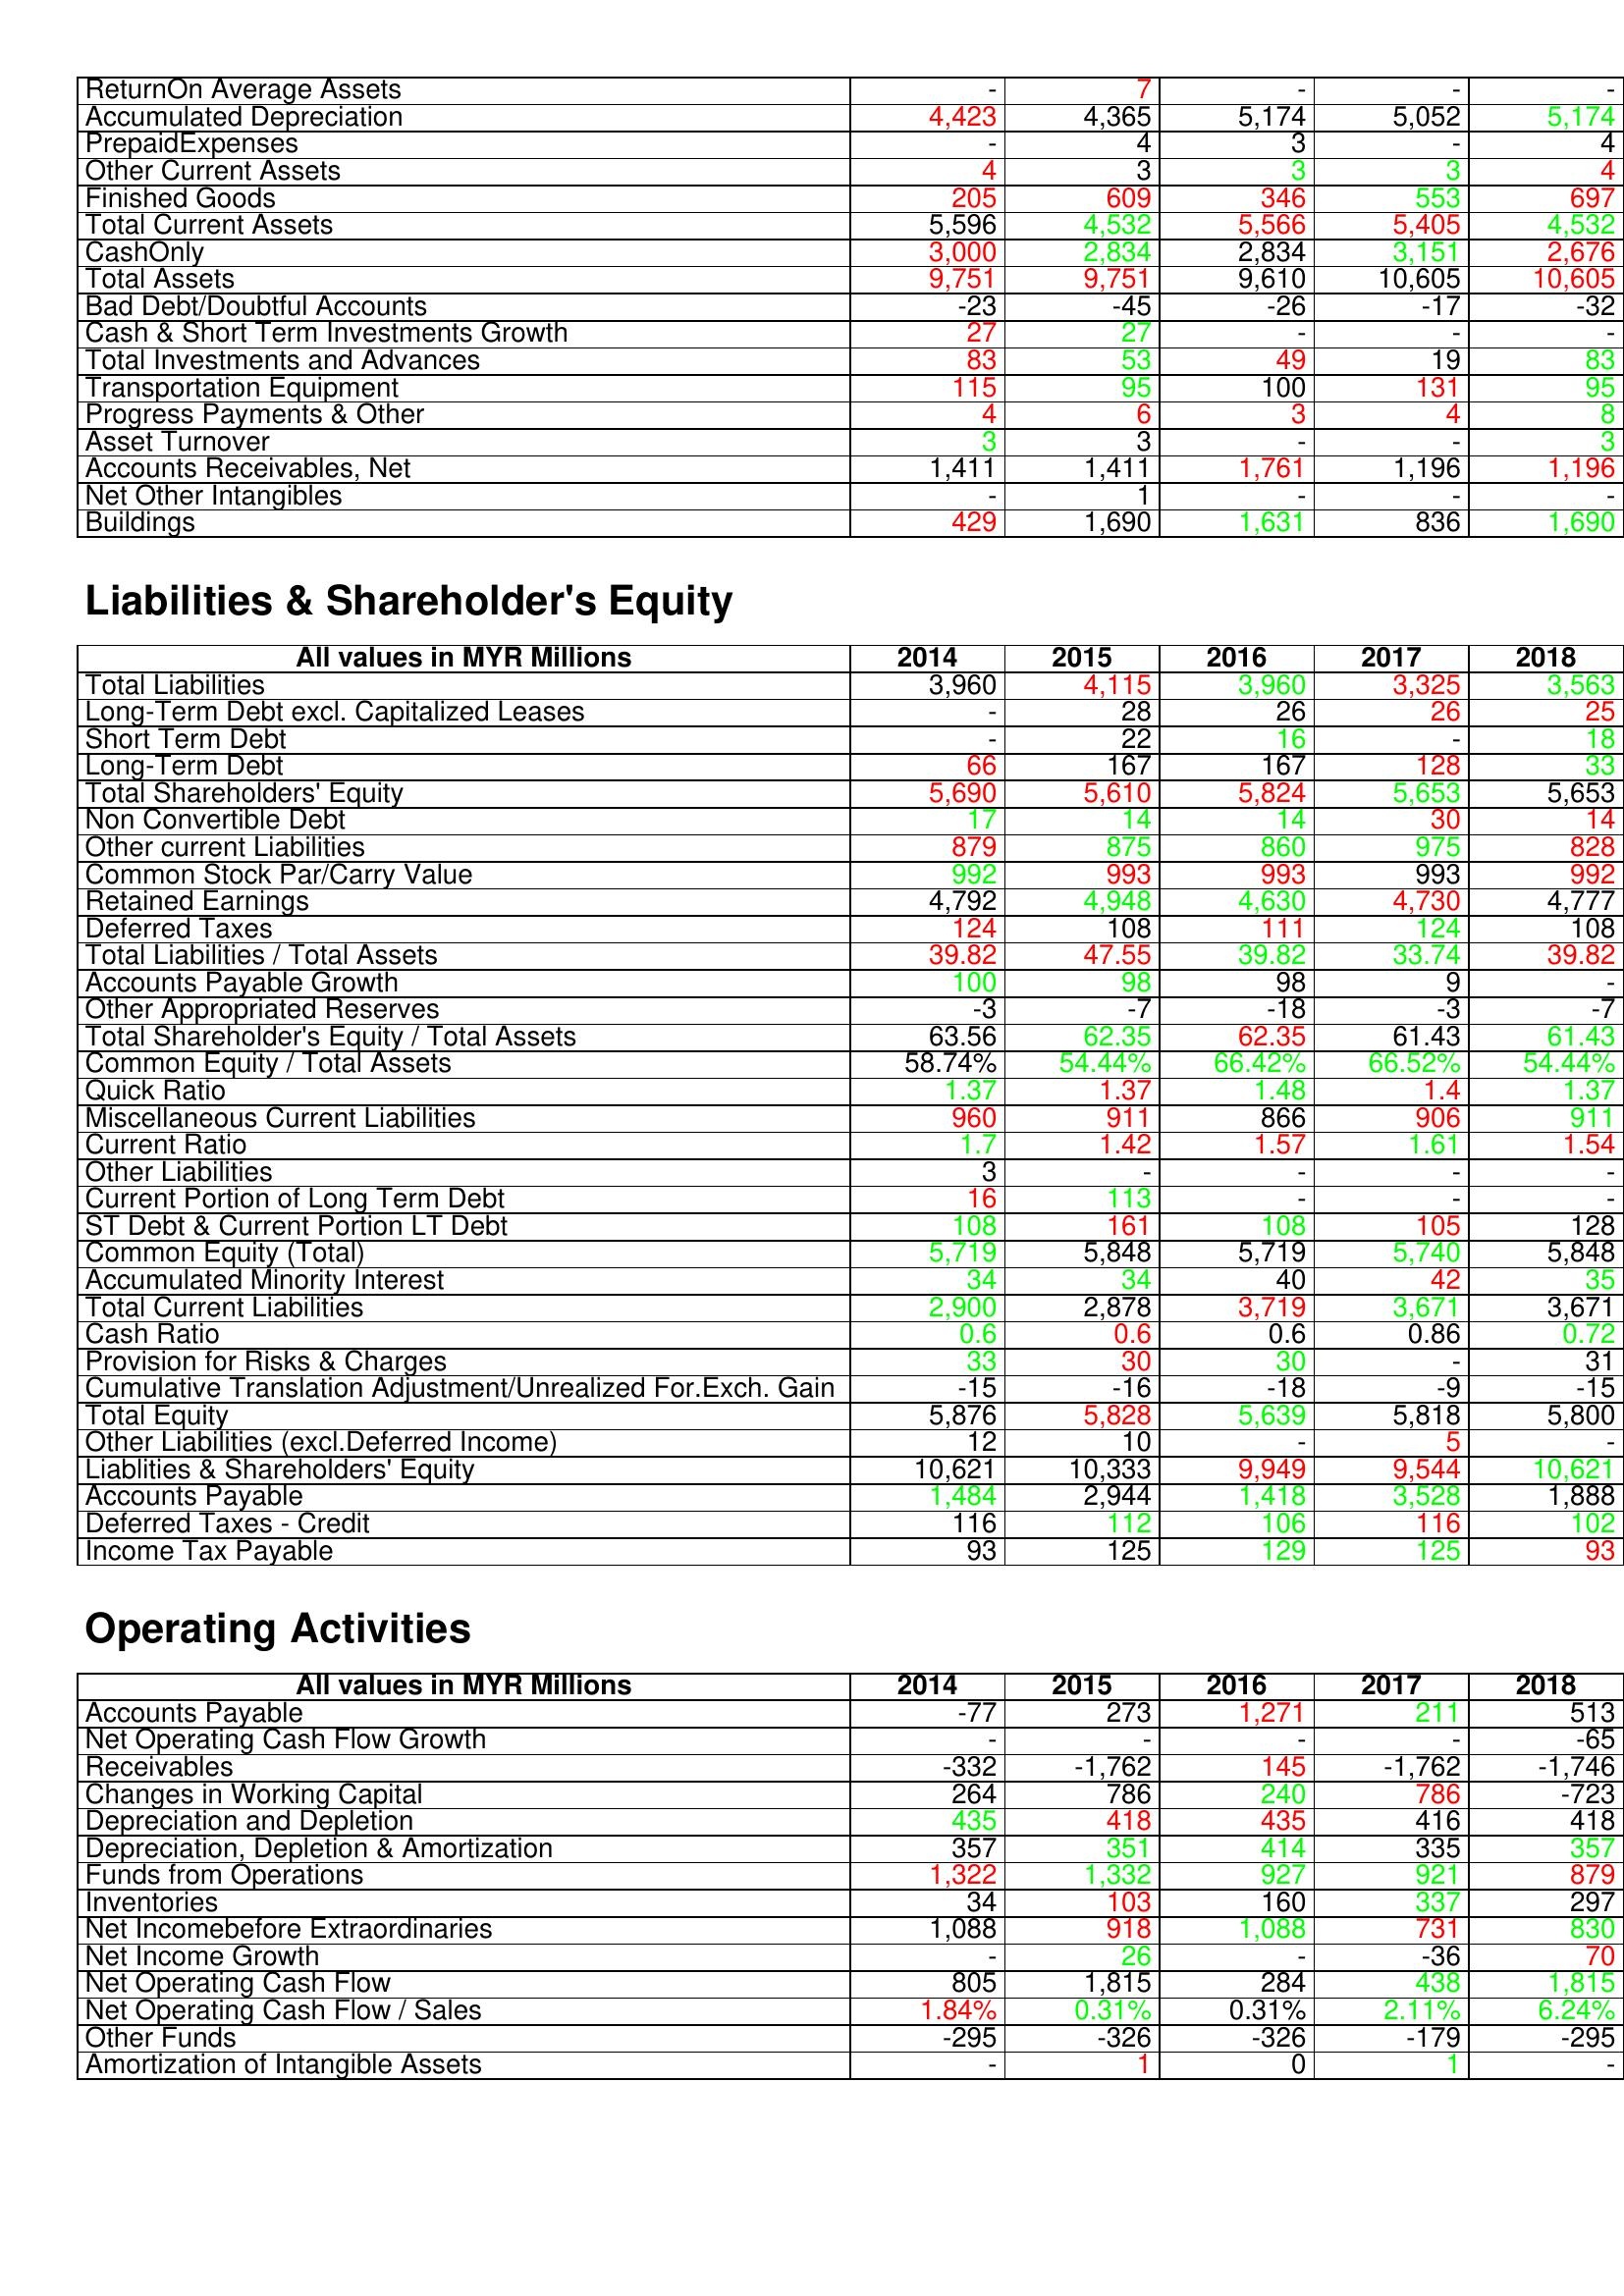
gt_parse: 2014: Assets: ReturnOn Average Assets: -
Accumulated Depreciation: 4,423
PrepaidExpenses: -
Other Current Assets: 4
Finished Goods: 205
Total Current Assets: 5,596
CashOnly: 3,000
Total Assets: 9,751
Bad Debt/Doubtful Accounts: -23
Cash & Short Term Investments Growth: 27
Total Investments and Advances: 83
Transportation Equipment: 115
Progress Payments & Other: 4
Asset Turnover: 3
Accounts Receivables, Net: 1,411
Net Other Intangibles: -
Buildings: 429
Liabilities & Shareholder's Equity: Total Liabilities: 3,960
Long-Term Debt excl. Capitalized Leases: -
Short Term Debt: -
Long-Term Debt: 66
Total Shareholders' Equity: 5,690
Non Convertible Debt: 17
Other current Liabilities: 879
Common Stock Par/Carry Value: 992
Retained Earnings: 4,792
Deferred Taxes: 124
Total Liabilities / Total Assets: 39.82
Accounts Payable Growth: 100
Other Appropriated Reserves: -3
Total Shareholder's Equity / Total Assets: 63.56
Common Equity / Total Assets: 58.74%
Quick Ratio: 1.37
Miscellaneous Current Liabilities: 960
Current Ratio: 1.7
Other Liabilities: 3
Current Portion of Long Term Debt: 16
ST Debt & Current Portion LT Debt: 108
Common Equity (Total): 5,719
Accumulated Minority Interest: 34
Total Current Liabilities: 2,900
Cash Ratio: 0.6
Provision for Risks & Charges: 33
Cumulative Translation Adjustment/Unrealized For.Exch. Gain: -15
Total Equity: 5,876
Other Liabilities (excl.Deferred Income): 12
Liablities & Shareholders' Equity: 10,621
Accounts Payable: 1,484
Deferred Taxes - Credit: 116
Income Tax Payable: 93
Operating Activities: Accounts Payable: -77
Net Operating Cash Flow Growth: -
Receivables: -332
Changes in Working Capital: 264
Depreciation and Depletion: 435
Depreciation, Depletion & Amortization: 357
Funds from Operations: 1,322
Inventories: 34
Net Incomebefore Extraordinaries: 1,088
Net Income Growth: -
Net Operating Cash Flow: 805
Net Operating Cash Flow / Sales: 1.84%
Other Funds: -295
Amortization of Intangible Assets: -
2015: Assets: ReturnOn Average Assets: 7
Accumulated Depreciation: 4,365
PrepaidExpenses: 4
Other Current Assets: 3
Finished Goods: 609
Total Current Assets: 4,532
CashOnly: 2,834
Total Assets: 9,751
Bad Debt/Doubtful Accounts: -45
Cash & Short Term Investments Growth: 27
Total Investments and Advances: 53
Transportation Equipment: 95
Progress Payments & Other: 6
Asset Turnover: 3
Accounts Receivables, Net: 1,411
Net Other Intangibles: 1
Buildings: 1,690
Liabilities & Shareholder's Equity: Total Liabilities: 4,115
Long-Term Debt excl. Capitalized Leases: 28
Short Term Debt: 22
Long-Term Debt: 167
Total Shareholders' Equity: 5,610
Non Convertible Debt: 14
Other current Liabilities: 875
Common Stock Par/Carry Value: 993
Retained Earnings: 4,948
Deferred Taxes: 108
Total Liabilities / Total Assets: 47.55
Accounts Payable Growth: 98
Other Appropriated Reserves: -7
Total Shareholder's Equity / Total Assets: 62.35
Common Equity / Total Assets: 54.44%
Quick Ratio: 1.37
Miscellaneous Current Liabilities: 911
Current Ratio: 1.42
Other Liabilities: -
Current Portion of Long Term Debt: 113
ST Debt & Current Portion LT Debt: 161
Common Equity (Total): 5,848
Accumulated Minority Interest: 34
Total Current Liabilities: 2,878
Cash Ratio: 0.6
Provision for Risks & Charges: 30
Cumulative Translation Adjustment/Unrealized For.Exch. Gain: -16
Total Equity: 5,828
Other Liabilities (excl.Deferred Income): 10
Liablities & Shareholders' Equity: 10,333
Accounts Payable: 2,944
Deferred Taxes - Credit: 112
Income Tax Payable: 125
Operating Activities: Accounts Payable: 273
Net Operating Cash Flow Growth: -
Receivables: -1,762
Changes in Working Capital: 786
Depreciation and Depletion: 418
Depreciation, Depletion & Amortization: 351
Funds from Operations: 1,332
Inventories: 103
Net Incomebefore Extraordinaries: 918
Net Income Growth: 26
Net Operating Cash Flow: 1,815
Net Operating Cash Flow / Sales: 0.31%
Other Funds: -326
Amortization of Intangible Assets: 1
2016: Assets: ReturnOn Average Assets: -
Accumulated Depreciation: 5,174
PrepaidExpenses: 3
Other Current Assets: 3
Finished Goods: 346
Total Current Assets: 5,566
CashOnly: 2,834
Total Assets: 9,610
Bad Debt/Doubtful Accounts: -26
Cash & Short Term Investments Growth: -
Total Investments and Advances: 49
Transportation Equipment: 100
Progress Payments & Other: 3
Asset Turnover: -
Accounts Receivables, Net: 1,761
Net Other Intangibles: -
Buildings: 1,631
Liabilities & Shareholder's Equity: Total Liabilities: 3,960
Long-Term Debt excl. Capitalized Leases: 26
Short Term Debt: 16
Long-Term Debt: 167
Total Shareholders' Equity: 5,824
Non Convertible Debt: 14
Other current Liabilities: 860
Common Stock Par/Carry Value: 993
Retained Earnings: 4,630
Deferred Taxes: 111
Total Liabilities / Total Assets: 39.82
Accounts Payable Growth: 98
Other Appropriated Reserves: -18
Total Shareholder's Equity / Total Assets: 62.35
Common Equity / Total Assets: 66.42%
Quick Ratio: 1.48
Miscellaneous Current Liabilities: 866
Current Ratio: 1.57
Other Liabilities: -
Current Portion of Long Term Debt: -
ST Debt & Current Portion LT Debt: 108
Common Equity (Total): 5,719
Accumulated Minority Interest: 40
Total Current Liabilities: 3,719
Cash Ratio: 0.6
Provision for Risks & Charges: 30
Cumulative Translation Adjustment/Unrealized For.Exch. Gain: -18
Total Equity: 5,639
Other Liabilities (excl.Deferred Income): -
Liablities & Shareholders' Equity: 9,949
Accounts Payable: 1,418
Deferred Taxes - Credit: 106
Income Tax Payable: 129
Operating Activities: Accounts Payable: 1,271
Net Operating Cash Flow Growth: -
Receivables: 145
Changes in Working Capital: 240
Depreciation and Depletion: 435
Depreciation, Depletion & Amortization: 414
Funds from Operations: 927
Inventories: 160
Net Incomebefore Extraordinaries: 1,088
Net Income Growth: -
Net Operating Cash Flow: 284
Net Operating Cash Flow / Sales: 0.31%
Other Funds: -326
Amortization of Intangible Assets: 0
2017: Assets: ReturnOn Average Assets: -
Accumulated Depreciation: 5,052
PrepaidExpenses: -
Other Current Assets: 3
Finished Goods: 553
Total Current Assets: 5,405
CashOnly: 3,151
Total Assets: 10,605
Bad Debt/Doubtful Accounts: -17
Cash & Short Term Investments Growth: -
Total Investments and Advances: 19
Transportation Equipment: 131
Progress Payments & Other: 4
Asset Turnover: -
Accounts Receivables, Net: 1,196
Net Other Intangibles: -
Buildings: 836
Liabilities & Shareholder's Equity: Total Liabilities: 3,325
Long-Term Debt excl. Capitalized Leases: 26
Short Term Debt: -
Long-Term Debt: 128
Total Shareholders' Equity: 5,653
Non Convertible Debt: 30
Other current Liabilities: 975
Common Stock Par/Carry Value: 993
Retained Earnings: 4,730
Deferred Taxes: 124
Total Liabilities / Total Assets: 33.74
Accounts Payable Growth: 9
Other Appropriated Reserves: -3
Total Shareholder's Equity / Total Assets: 61.43
Common Equity / Total Assets: 66.52%
Quick Ratio: 1.4
Miscellaneous Current Liabilities: 906
Current Ratio: 1.61
Other Liabilities: -
Current Portion of Long Term Debt: -
ST Debt & Current Portion LT Debt: 105
Common Equity (Total): 5,740
Accumulated Minority Interest: 42
Total Current Liabilities: 3,671
Cash Ratio: 0.86
Provision for Risks & Charges: -
Cumulative Translation Adjustment/Unrealized For.Exch. Gain: -9
Total Equity: 5,818
Other Liabilities (excl.Deferred Income): 5
Liablities & Shareholders' Equity: 9,544
Accounts Payable: 3,528
Deferred Taxes - Credit: 116
Income Tax Payable: 125
Operating Activities: Accounts Payable: 211
Net Operating Cash Flow Growth: -
Receivables: -1,762
Changes in Working Capital: 786
Depreciation and Depletion: 416
Depreciation, Depletion & Amortization: 335
Funds from Operations: 921
Inventories: 337
Net Incomebefore Extraordinaries: 731
Net Income Growth: -36
Net Operating Cash Flow: 438
Net Operating Cash Flow / Sales: 2.11%
Other Funds: -179
Amortization of Intangible Assets: 1
2018: Assets: ReturnOn Average Assets: -
Accumulated Depreciation: 5,174
PrepaidExpenses: 4
Other Current Assets: 4
Finished Goods: 697
Total Current Assets: 4,532
CashOnly: 2,676
Total Assets: 10,605
Bad Debt/Doubtful Accounts: -32
Cash & Short Term Investments Growth: -
Total Investments and Advances: 83
Transportation Equipment: 95
Progress Payments & Other: 8
Asset Turnover: 3
Accounts Receivables, Net: 1,196
Net Other Intangibles: -
Buildings: 1,690
Liabilities & Shareholder's Equity: Total Liabilities: 3,563
Long-Term Debt excl. Capitalized Leases: 25
Short Term Debt: 18
Long-Term Debt: 33
Total Shareholders' Equity: 5,653
Non Convertible Debt: 14
Other current Liabilities: 828
Common Stock Par/Carry Value: 992
Retained Earnings: 4,777
Deferred Taxes: 108
Total Liabilities / Total Assets: 39.82
Accounts Payable Growth: -
Other Appropriated Reserves: -7
Total Shareholder's Equity / Total Assets: 61.43
Common Equity / Total Assets: 54.44%
Quick Ratio: 1.37
Miscellaneous Current Liabilities: 911
Current Ratio: 1.54
Other Liabilities: -
Current Portion of Long Term Debt: -
ST Debt & Current Portion LT Debt: 128
Common Equity (Total): 5,848
Accumulated Minority Interest: 35
Total Current Liabilities: 3,671
Cash Ratio: 0.72
Provision for Risks & Charges: 31
Cumulative Translation Adjustment/Unrealized For.Exch. Gain: -15
Total Equity: 5,800
Other Liabilities (excl.Deferred Income): -
Liablities & Shareholders' Equity: 10,621
Accounts Payable: 1,888
Deferred Taxes - Credit: 102
Income Tax Payable: 93
Operating Activities: Accounts Payable: 513
Net Operating Cash Flow Growth: -65
Receivables: -1,746
Changes in Working Capital: -723
Depreciation and Depletion: 418
Depreciation, Depletion & Amortization: 357
Funds from Operations: 879
Inventories: 297
Net Incomebefore Extraordinaries: 830
Net Income Growth: 70
Net Operating Cash Flow: 1,815
Net Operating Cash Flow / Sales: 6.24%
Other Funds: -295
Amortization of Intangible Assets: -